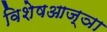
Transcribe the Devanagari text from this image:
विशेषआज्ञा